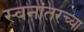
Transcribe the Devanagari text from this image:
स्वनांतरच्या